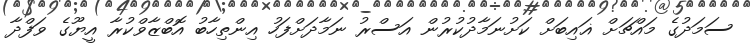
ސަމަދުގެ މައްޗަށް ޣައިބަށް ކަށުނަމާދުކުރުން އަސްރު ނަމާދަށްފަހު އިންތިހާބު އޮބްޒާވްކުރާ އީޔޫގެ ވަފްދާ